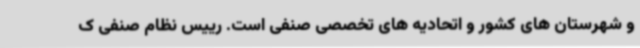
و شهرستان های کشور و اتحادیه های تخصصی صنفی است. رییس نظام صنفی ک